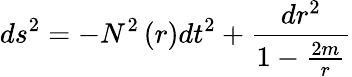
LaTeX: ds^{2}=-N^{2}\left(r\right)dt^{2}+\frac{dr^{2}}{1-\frac{2m}{r}}